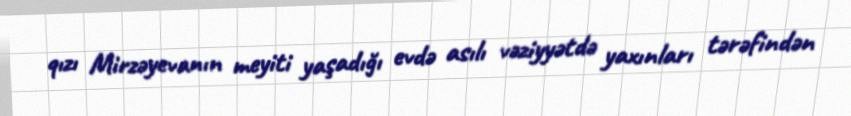
qızı Mirzəyevanın meyiti yaşadığı evdə asılı vəziyyətdə yaxınları tərəfindən